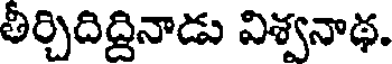
తీర్చిదిద్దినాడు విశ్వనాథ.